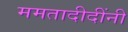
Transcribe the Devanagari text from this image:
ममतादीदींनी